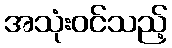
အသုံးဝင်သည့်